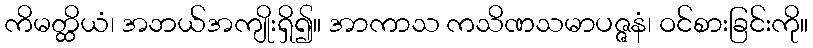
ကိမတ္ထိယံ၊ အဘယ်အကျိုးရှိ၍။ အာကာသ ကသိဏသမာပဇ္ဇနံ၊ ဝင်စားခြင်းကို။